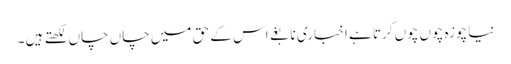
نیا چوزہ چوں چوں کرتا ہے اخباری نابغے اس کے حق میں چاں چاں لکھتے ہیں ۔